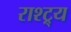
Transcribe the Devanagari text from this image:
राश्ट्र्य